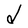
Character: d